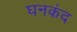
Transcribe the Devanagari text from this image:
घनकंद